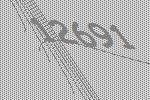
12691